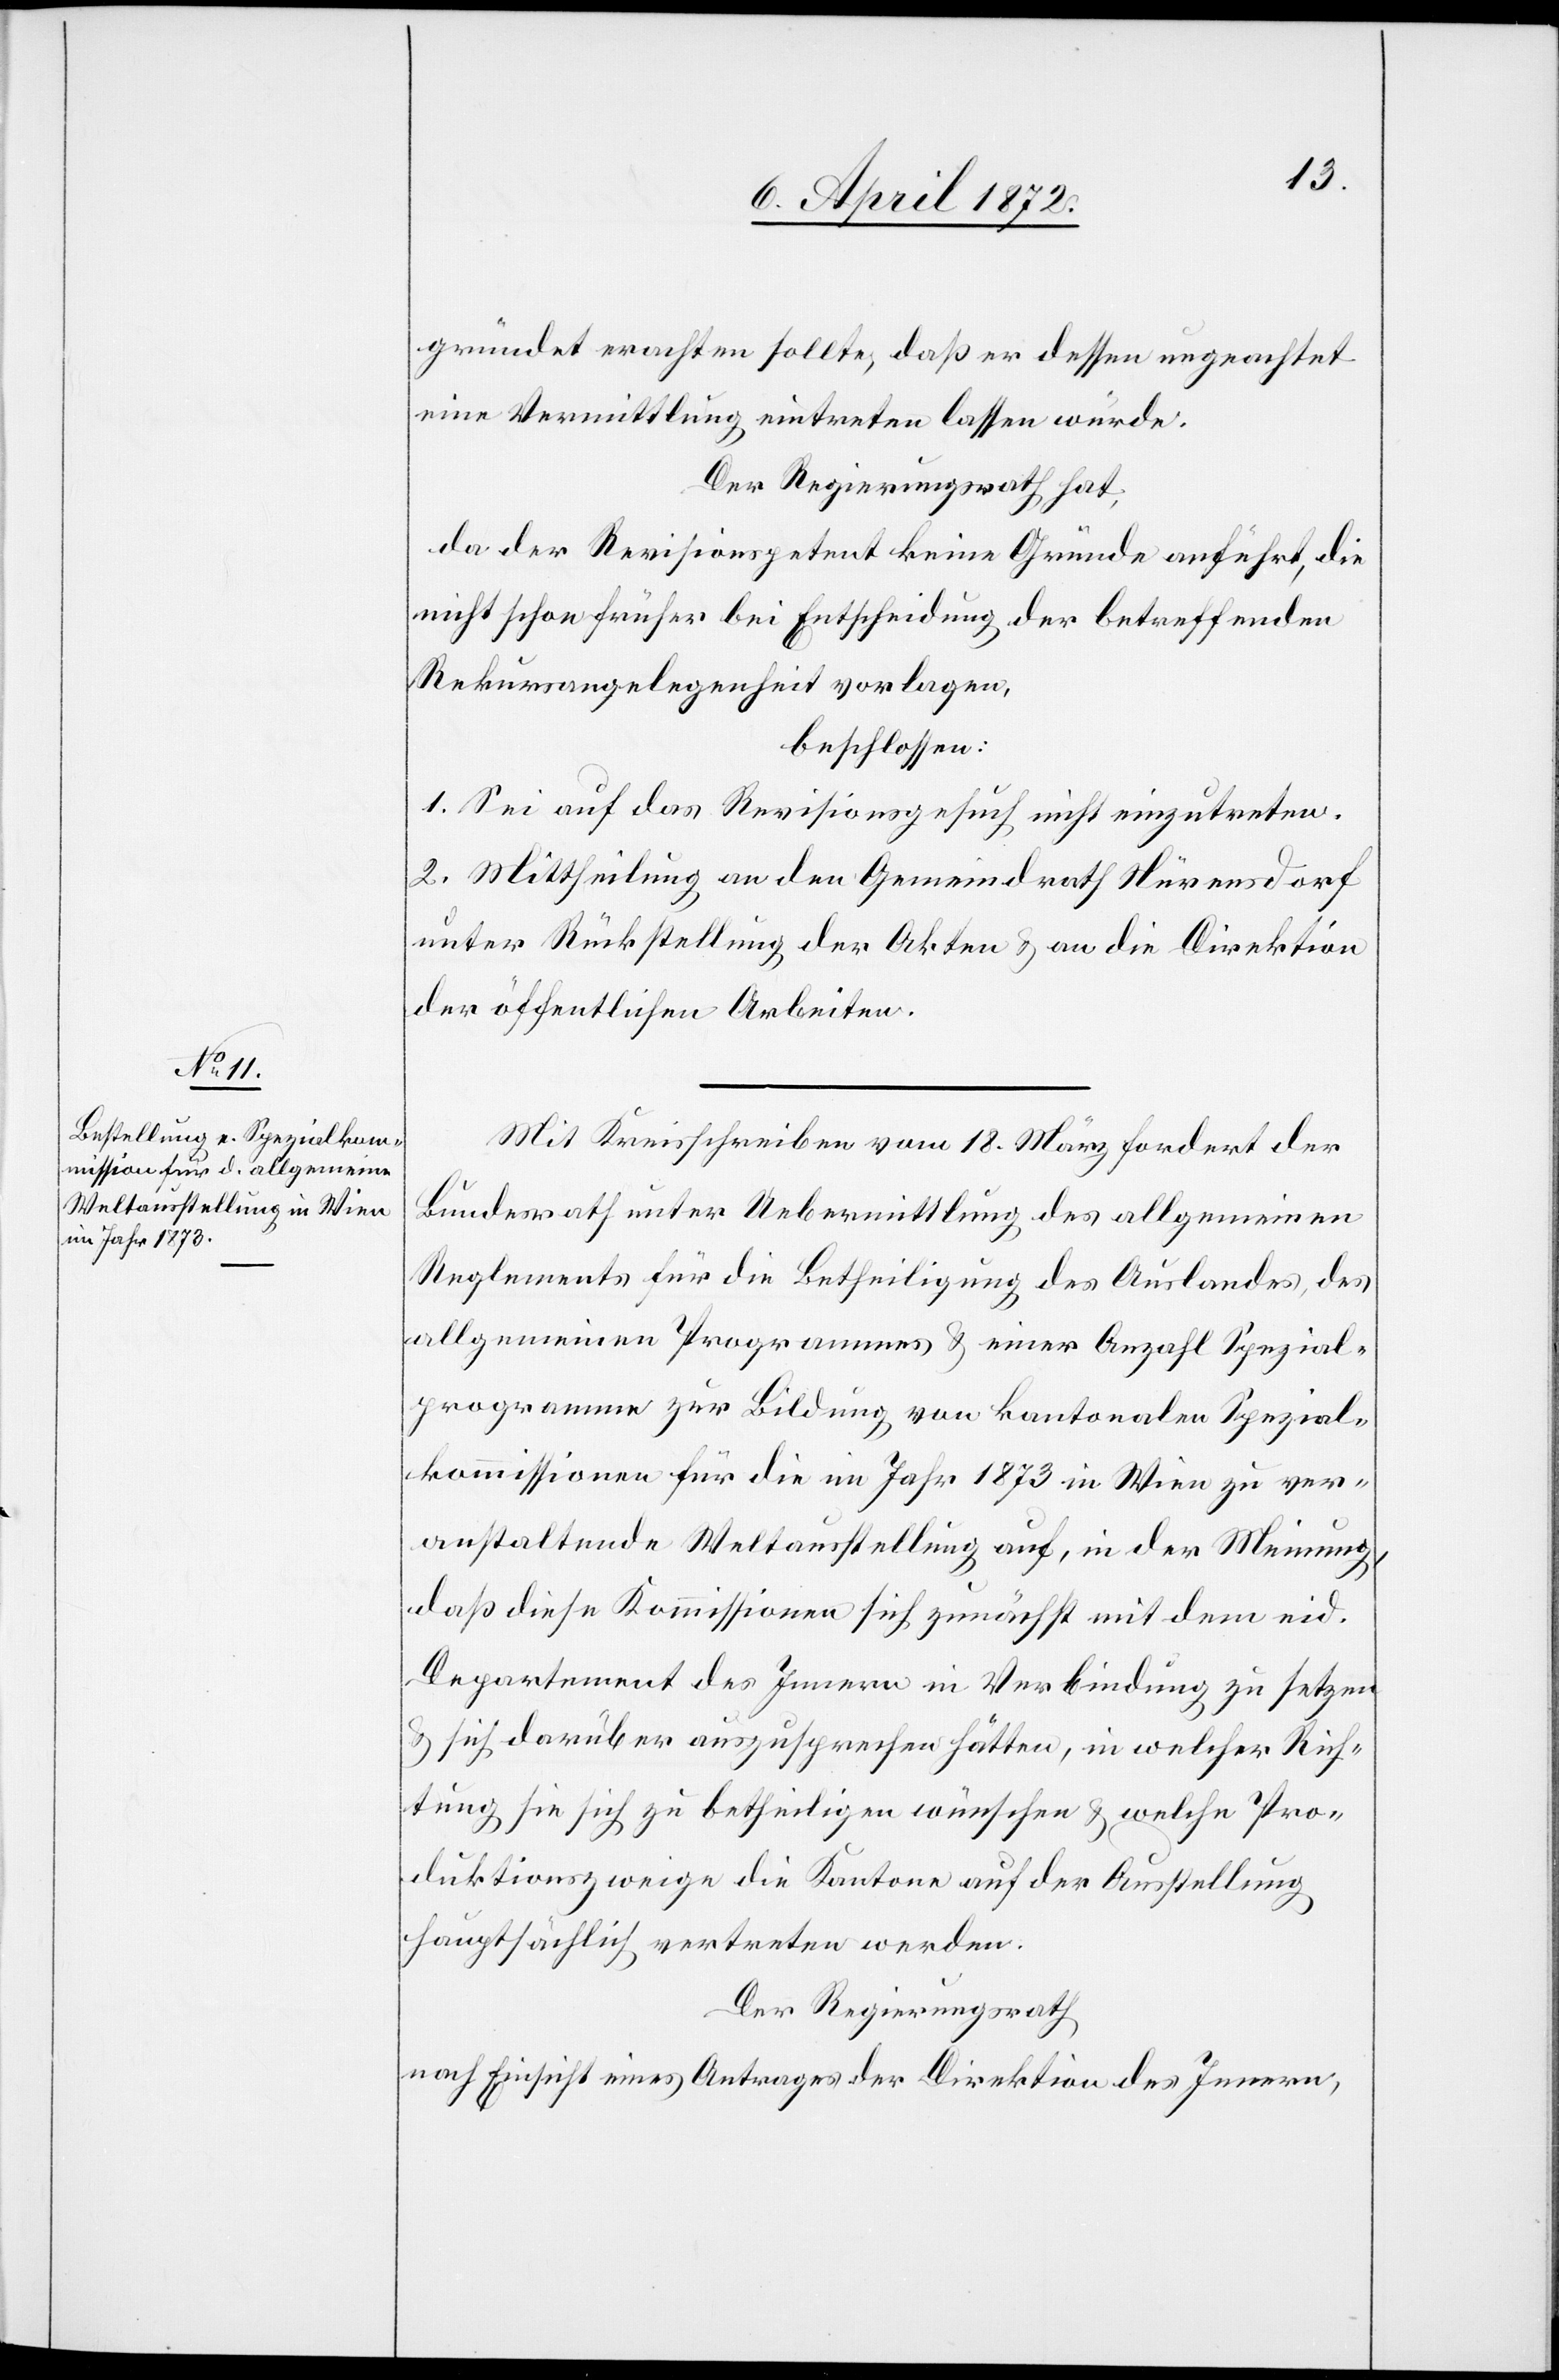
gründet erachten sollte, daß er dessen ungeachtet
eine Vermittlung eintreten lassen würde.
Der Regierungsrath hat,
da der Revisionspetent keine Gründe anführt, die
nicht schon früher bei Entscheidung der betreffenden
Rekursangelegenheit vorlagen,
beschlossen:
1. Sei auf das Revisionsgesuch nicht einzutreten.
2. Mittheilung an den Gemeindrath Nürensdorf
unter Rückstellung der Akten u. an die Direktion
der öffentlichen Arbeiten.
Mit Kreisschreiben vom 18. März fordert der
Bundesrath unter Uebermittlung des allgemeinen
Reglements für die Betheiligung des Auslandes, des
allgemeinen Programmes u. einer Anzahl Spezial¬
programme zur Bildung von kantonalen Spezial¬
kommissionen für die im Jahr 1873 in Wien zu ver¬
anstaltende Weltausstellung auf, in der Meinung,
daß diese Kommissionen sich zunächst mit dem eid.
Departement des Innern in Verbindung zu setzen
u. sich darüber auszusprechen hätten, in welcher Rich¬
tung sie sich zu betheiligen wünschen u. welche Pro¬
duktionszweige die Kantone auf der Ausstellung
hauptsächlich vertreten werden.
Der Regierungsrath
nach Einsicht eines Antrages der Direktion des Innern,